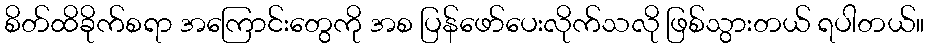
စိတ်ထိခိုက်စရာ အကြောင်းတွေကို အစ ပြန်ဖော်ပေးလိုက်သလို ဖြစ်သွားတယ် ရပါတယ်။